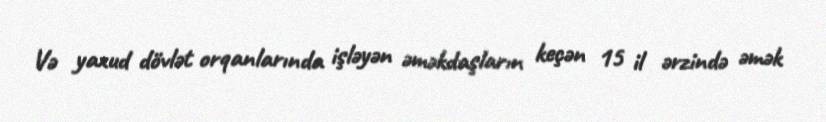
Və yaxud dövlət orqanlarında işləyən əməkdaşların keçən 15 il ərzində əmək